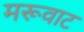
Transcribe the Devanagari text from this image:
मरूवाट